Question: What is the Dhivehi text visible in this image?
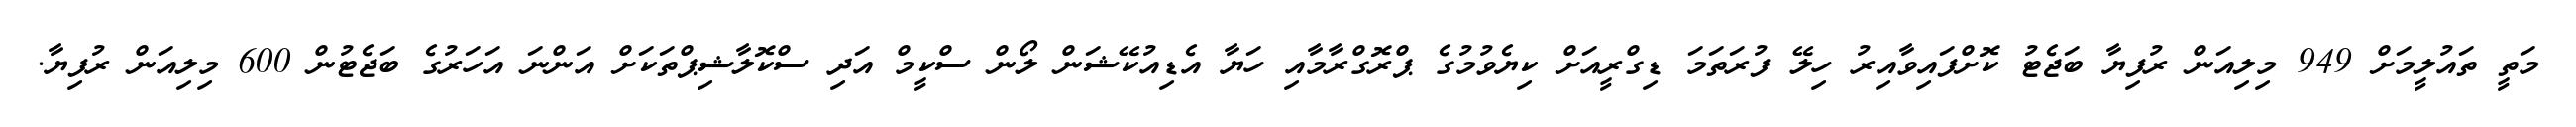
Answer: މަތީ ތައުލީމަށް 949 މިލިއަން ރުފިޔާ ބަޖެޓު ކޮށްފައިވާއިރު ހިލޭ ފުރަތަމަ ޑިގްރީއަށް ކިޔެވުމުގެ ޕްރޮގްރާމާއި ހަޔާ އެޑިއުކޭޝަން ލޯން ސްކީމް އަދި ސްކޮލާޝިޕްތަކަށް އަންނަ އަހަރުގެ ބަޖެޓުން 600 މިލިއަން ރުފިޔާ.